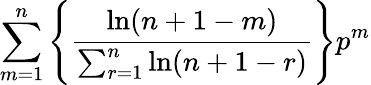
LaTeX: \sum_{m=1}^{n}\left\{ \frac{\ln(n+1-m)}{\sum_{r=1}^{n}\ln(n+1-r)}\right\} p^{m}